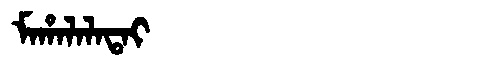
Manchu: ᠮᠠᡥᠠᠯᠠᠯᠠᡨᠠᡳ
Romanization: MAHALALATAI